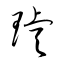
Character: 璿